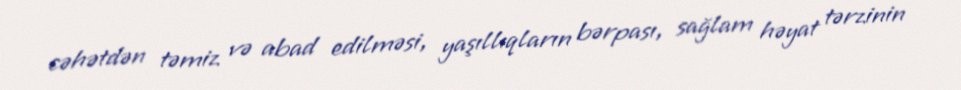
cəhətdən təmiz və abad edilməsi, yaşıllıqların bərpası, sağlam həyat tərzinin